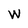
Character: W